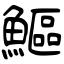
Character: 鰸